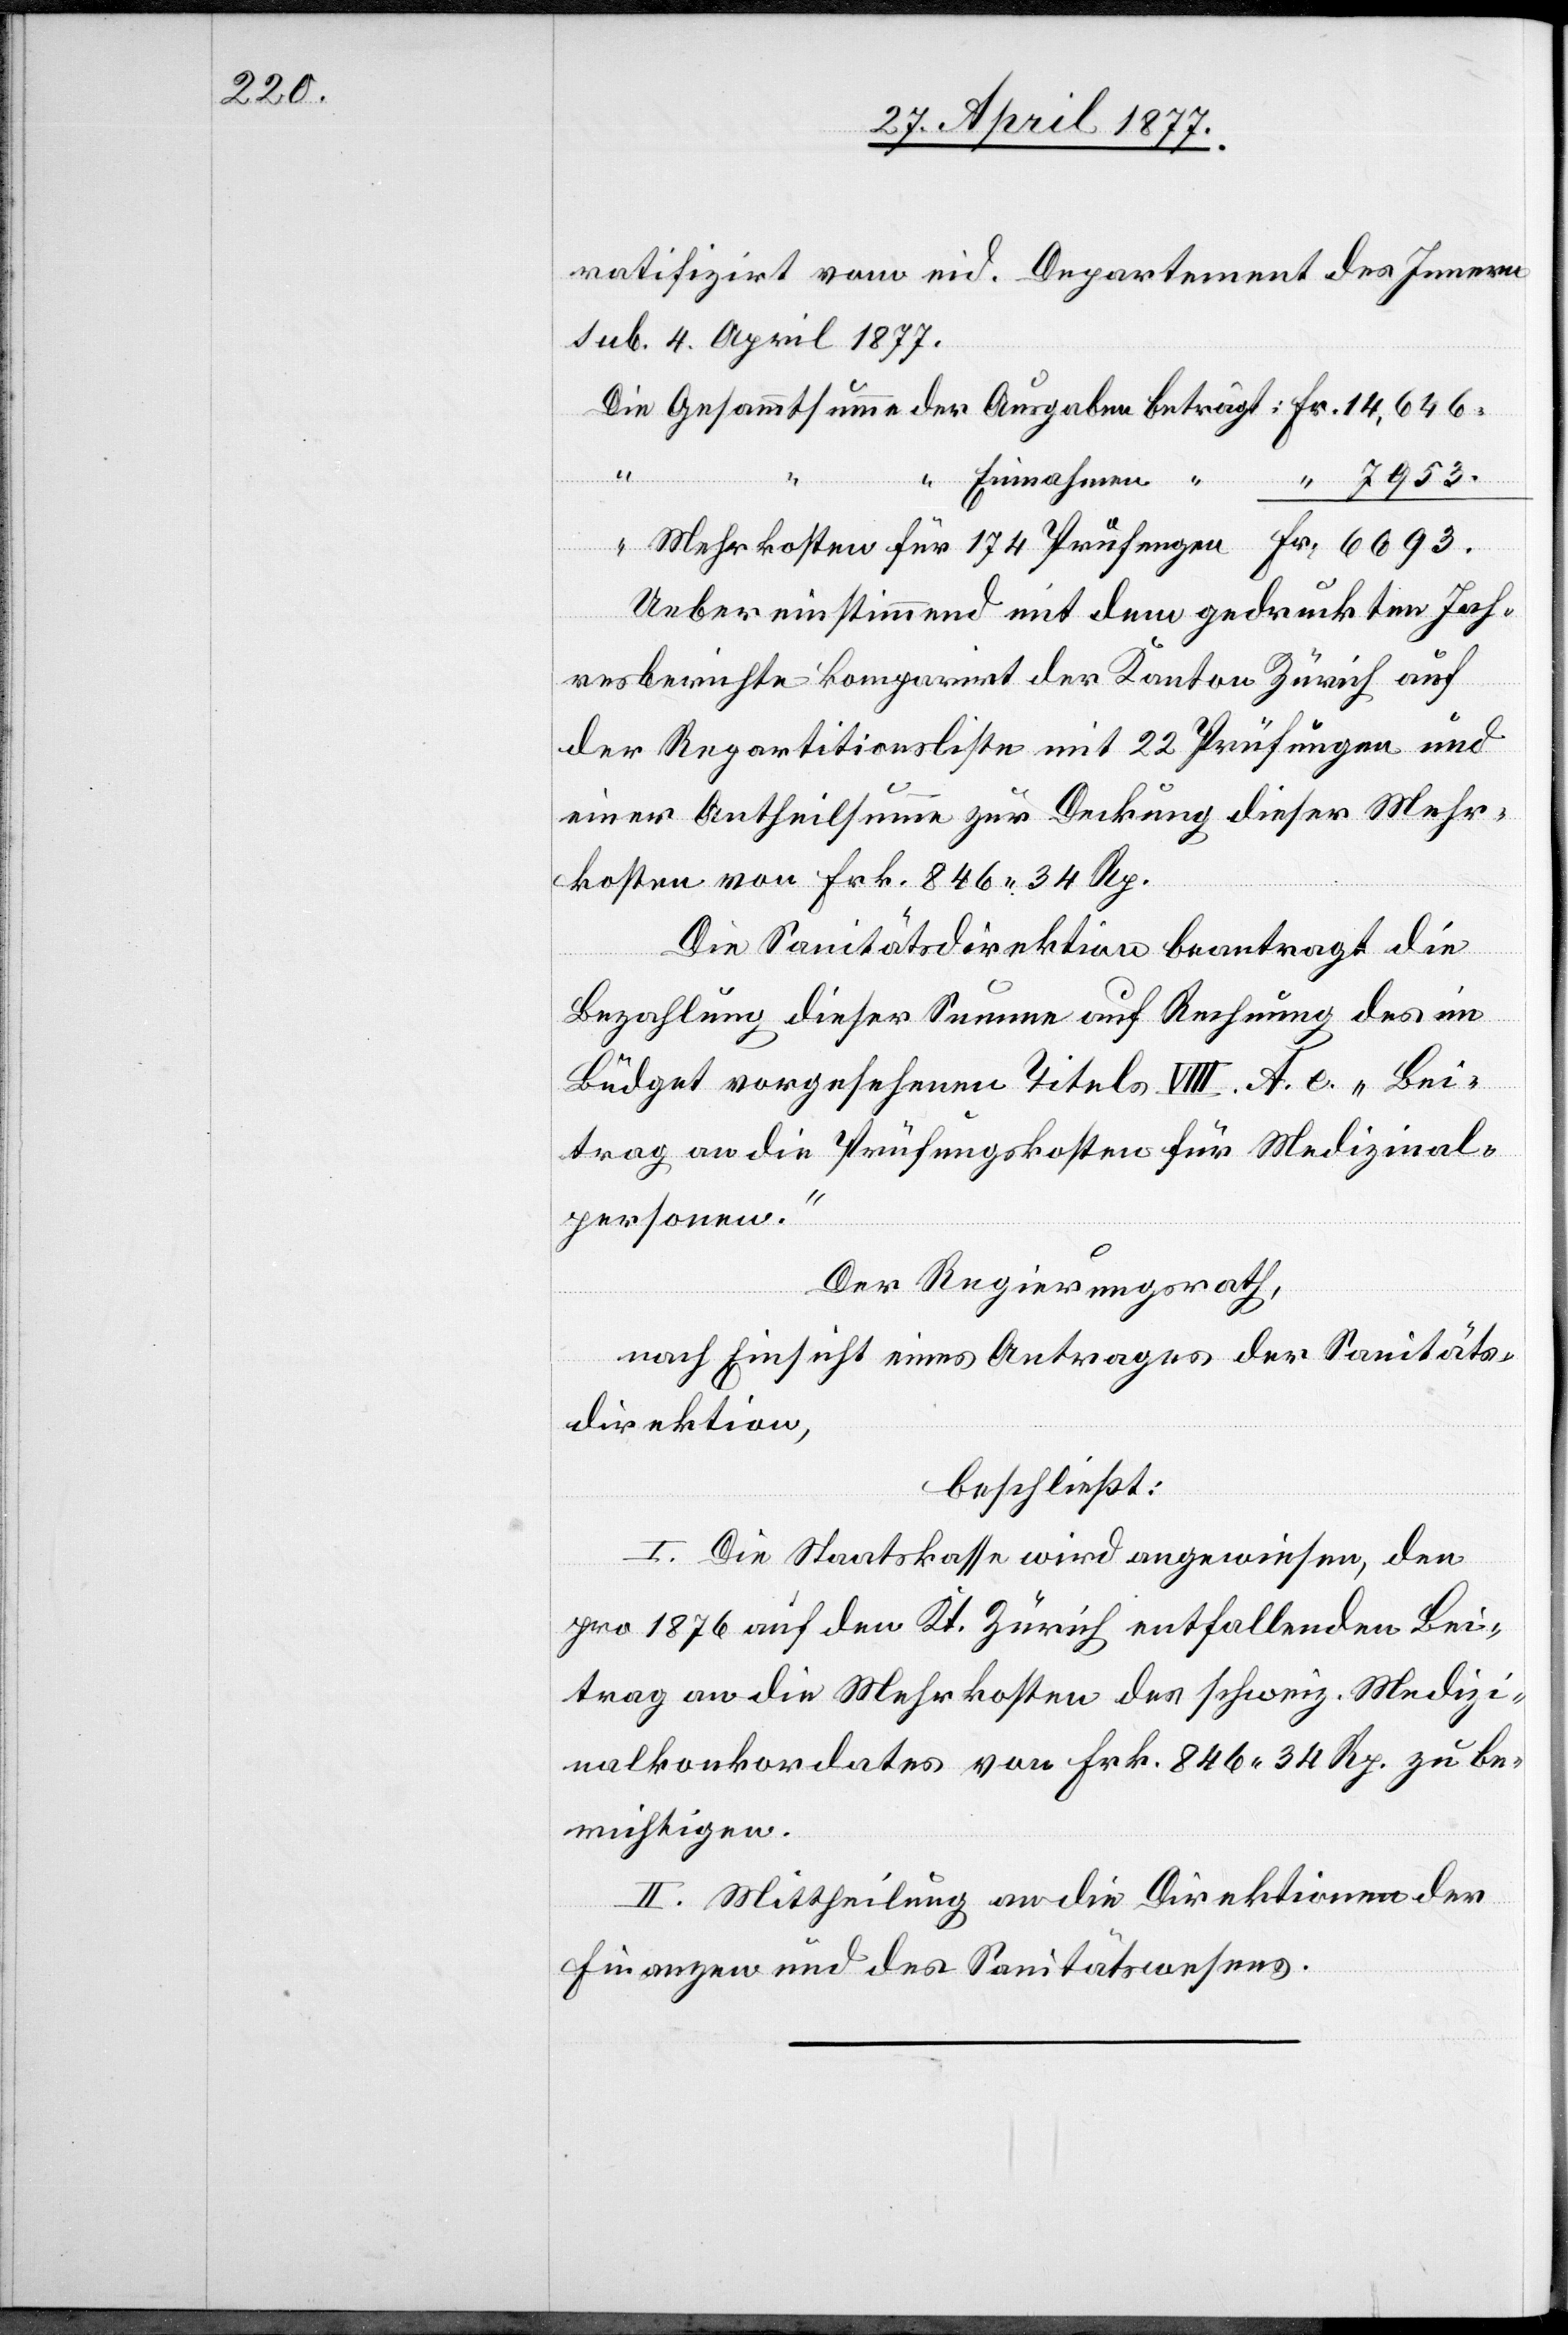
ratifizirt vom eid. Departement des Innern
sub. 4. April 1877.
Mehrkosten
Uebereinstimmend mit dem gedruckten Jah¬
resberichte komparirt der Kanton Zürich auf
der Repartitionsliste mit 22 Prüfungen und
einer Antheilsumme zur Deckung dieser Mehr¬
kosten von Frk. 846 34 Rp.
Die Sanitätsdirektion beantragt die
Bezahlung dieser Summe auf Rechnung des im
Büdget vorgesehenen Titels VIII. A. e. „Bei¬
trag an die Prüfungskosten für Medizinal¬
personen“.
Der Regierungsrath,
Fr.
nach Einsicht eines Antrages der Sanitäts¬
direktion,
beschließt:
I. Die Staatskasse wird angewiesen, den
pro 1876 auf den Kt. Zürich entfallenden Bei¬
trag an die Mehrkosten des schweiz. Medizi¬
nalkonkordates von Frk. 846 34 Rp. zu be¬
richtigen.
II. Mittheilung an die Direktionen der
Finanzen und des Sanitätswesens.